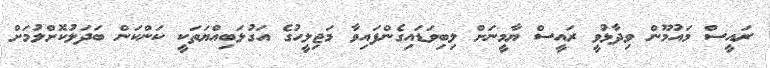
ރައީސް މައުމޫން ވިދާޅުވީ ރައީސް ޔާމީނަށް ލިބިވަޑައިގެންފައިވާ މަޖިލީހުގެ އަގުލަބިއްޔަތަކީ ކަންކަން ބަދަލުކޮށްލުމަށް